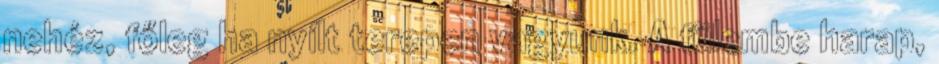
nehéz, főleg ha nyílt terepen vagyunk. A fülembe harap,